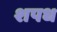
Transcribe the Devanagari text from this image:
शपध